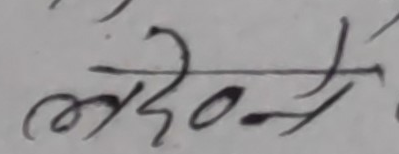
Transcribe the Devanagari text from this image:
लदेवोटी